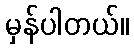
မှန်ပါတယ်။